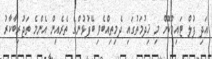
އަދި ފުލް ޓައިމްކޮށް މި ޚިދުމަތުގައި ދެމިތިއްބެވި ބޭފުޅުންގެ ތެރެއިން އެންމެ ތަޖުރިބާކާރު